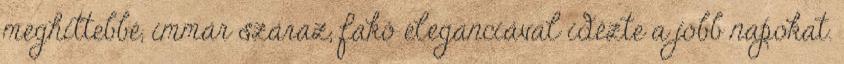
meghittebbé, immár száraz, fakó eleganciával idézte a jobb napokat.